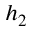
h _ { 2 }